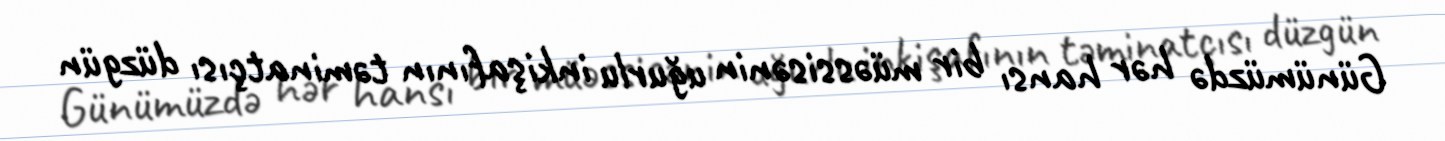
Günümüzdə hər hansı bir müəssisənin uğurlu inkişafının təminatçısı düzgün